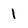
Character: 1